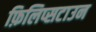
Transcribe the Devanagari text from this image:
फ़िलिप्सटाउन